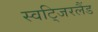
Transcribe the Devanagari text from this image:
स्वटि्जरलैंड